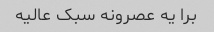
برا یه عصرونه سبک عالیه